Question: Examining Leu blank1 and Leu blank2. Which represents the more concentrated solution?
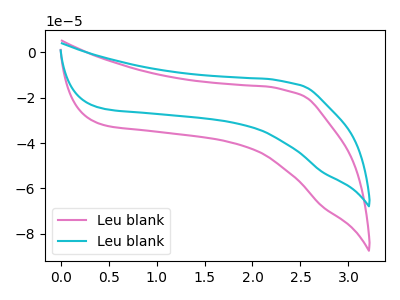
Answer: <think>The pink curve "Leu blank1" has no peaks. The cyan curve "Leu blank2" has no peaks.
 Neither "Leu blank1" or "Leu blank2" have any peaks.</think>
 <answer>I cant tell if "Leu blank1" or "Leu blank2" has higher concentration.</answer>
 <eval>mixed_concentration</eval>